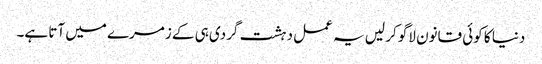
دنیا کا کوئی قانون لاگو کر لیں یہ عمل دہشت گردی ہی کے زمرے میں آتا ہے۔